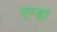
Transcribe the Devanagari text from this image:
एन्डा